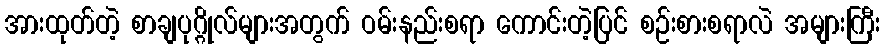
အားထုတ်တဲ့ စာချပုဂ္ဂိုလ်များအတွက် ဝမ်းနည်းစရာ ကောင်းတဲ့ပြင် စဉ်းစားစရာလဲ အများကြီး